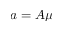
a = A \mu